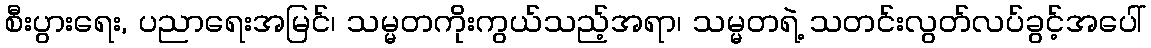
စီးပွားရေး, ပညာရေးအမြင်၊ သမ္မတကိုးကွယ်သည့်အရာ၊ သမ္မတရဲ့ သတင်းလွတ်လပ်ခွင့်အပေါ်